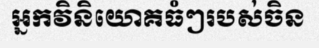
អ្នកវិនិយោគធំៗរបស់ចិន